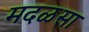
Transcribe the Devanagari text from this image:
मदळसा